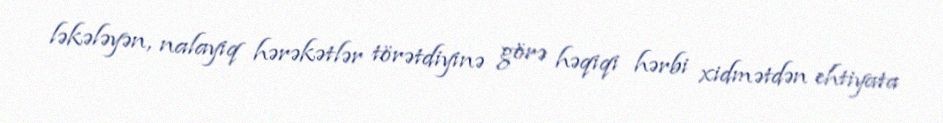
ləkələyən, nalayiq hərəkətlər törətdiyinə görə həqiqi hərbi xidmətdən ehtiyata